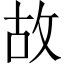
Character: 故